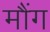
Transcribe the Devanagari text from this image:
मौंग